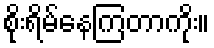
စိုးရိမ်နေကြတာကိုး။